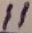
Text: 11